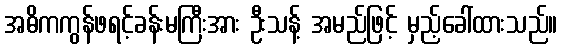
အဓိကကွန်ဖရင့်ခန်းမကြီးအား ဦးသန့် အမည်ဖြင့် မှည့်ခေါ်ထားသည်။